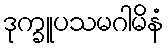
ဒုက္ခူပသမဂါမိနံ